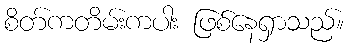
စိတ်ကတိမ်းကပါး ဖြစ်နေရှာသည်။